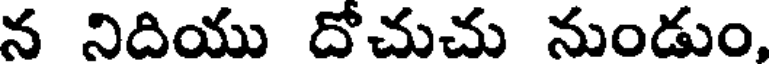
న నిదియు దోచుచు నుండుం,